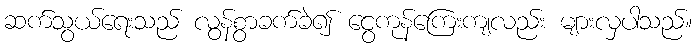
ဆက်သွယ်ရေးသည် လွန်စွာခက်ခဲ၍ ငွေကုန်ကြေးကျလည်း များလှပါသည်။